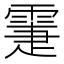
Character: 𩃖